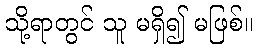
သို့ရာတွင် သူ မရှိ၍ မဖြစ်။